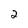
Character: 2